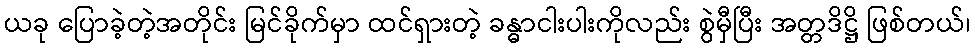
ယခု ပြောခဲ့တဲ့အတိုင်း မြင်ခိုက်မှာ ထင်ရှားတဲ့ ခန္ဓာငါးပါးကိုလည်း စွဲမှီပြီး အတ္တဒိဋ္ဌိ ဖြစ်တယ်၊